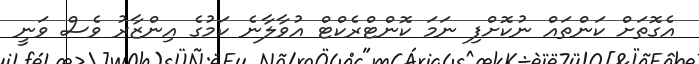
އެގޮތަށް ކަންތައް ނުކޮށްފި ނަމަ ކޮންޓްރެކްޓް އުވާލާނެ ކަމުގެ އިންޒާރު ވެސް ވަނީ